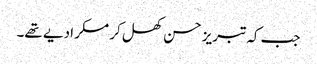
جب کہ تبریز حسن کھل کر مسکرا دیے تھے۔